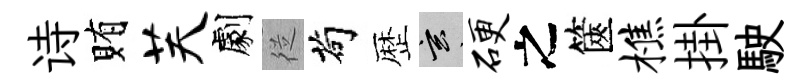
诗賄芙劇従茍歴玄硬之篋樵掛駛